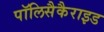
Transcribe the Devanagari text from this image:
पॉलिसैकैराइड